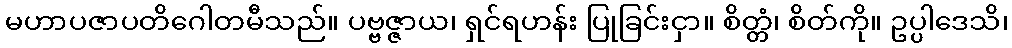
မဟာပဇာပတိဂေါတမီသည်။ ပဗ္ဗဇ္ဇာယ၊ ရှင်ရဟန်း ပြုခြင်းငှာ။ စိတ္တံ၊ စိတ်ကို။ ဥပ္ပါဒေသိ၊